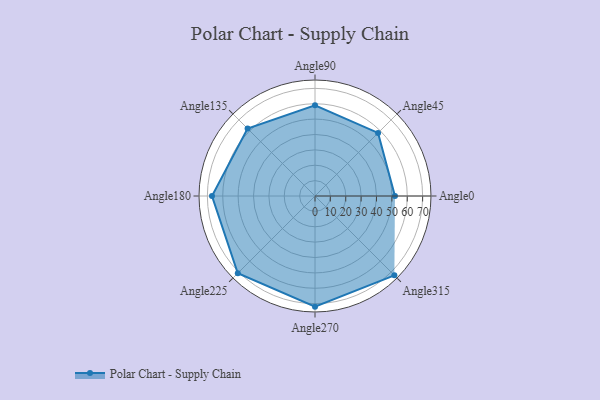
{"axis": {"x": "Angle", "y": "Radius"}, "legend": [""], "data": [{"x": "Angle0", "y": 52.0, "type": ""}, {"x": "Angle45", "y": 58.0, "type": ""}, {"x": "Angle90", "y": 59.0, "type": ""}, {"x": "Angle135", "y": 62.0, "type": ""}, {"x": "Angle180", "y": 67.0, "type": ""}, {"x": "Angle225", "y": 71.0, "type": ""}, {"x": "Angle270", "y": 72.0, "type": ""}, {"x": "Angle315", "y": 73.0, "type": ""}]}